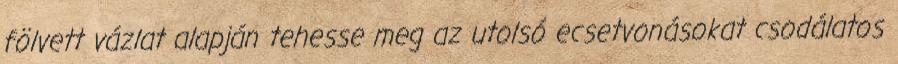
fölvett vázlat alapján tehesse meg az utolsó ecsetvonásokat csodálatos